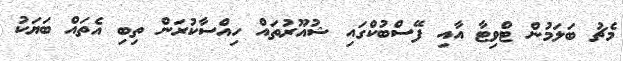
މެޗު ބަލަމުން ޓްވިޓާ އާއި ފޭސްބުކްގައި ޝުއޫރުތައް ހިއްސާކުރަން ތިބި އެތައް ބަޔަކު